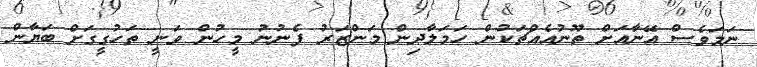
ނަމަވެސް އޭނާއަށް ތޫނުއެއްޗަކުން ހަމަލާދިން މަންޒަރު ފެނުނު މީހުން ވަނީ ތަހުގީގަށް ބަޔާން